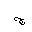
Letter: _gim